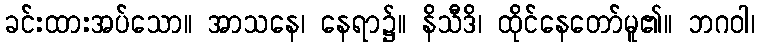
ခင်းထားအပ်သော။ အာသနေ၊ နေရာ၌။ နိသီဒိ၊ ထိုင်နေတော်မူ၏။ ဘဂဝါ၊